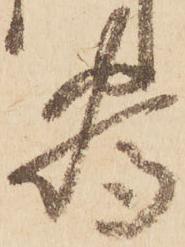
為